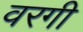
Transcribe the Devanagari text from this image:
वरगी